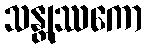
သန္တုဿကော